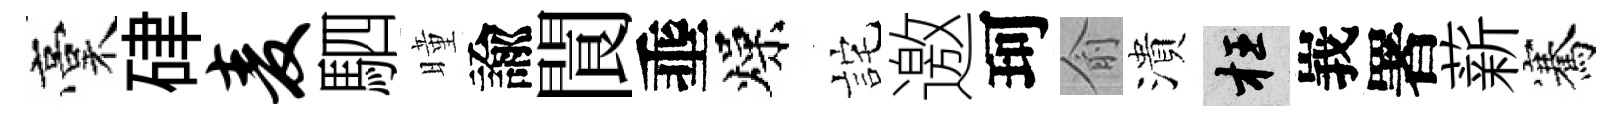
稾硉麦駟曈諭閬埀燥詫邀珂俞潰枉峩署薪騫